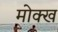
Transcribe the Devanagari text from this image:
मोक्ख